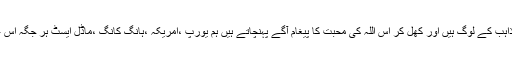
جواب: اس میں سارے مذاہب کے لوگ ہیں اور کھل کر اس اللہ کی محبت کا پیغام آگے پہنچاتے ہیں ہم یورپ ،امریکہ ،ہانگ کانگ ،ماڈل ایسٹ ہر جگہ اس علم کو جا کر بتاتے ہیں ۔